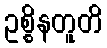
ဥစ္စိနတူတိ